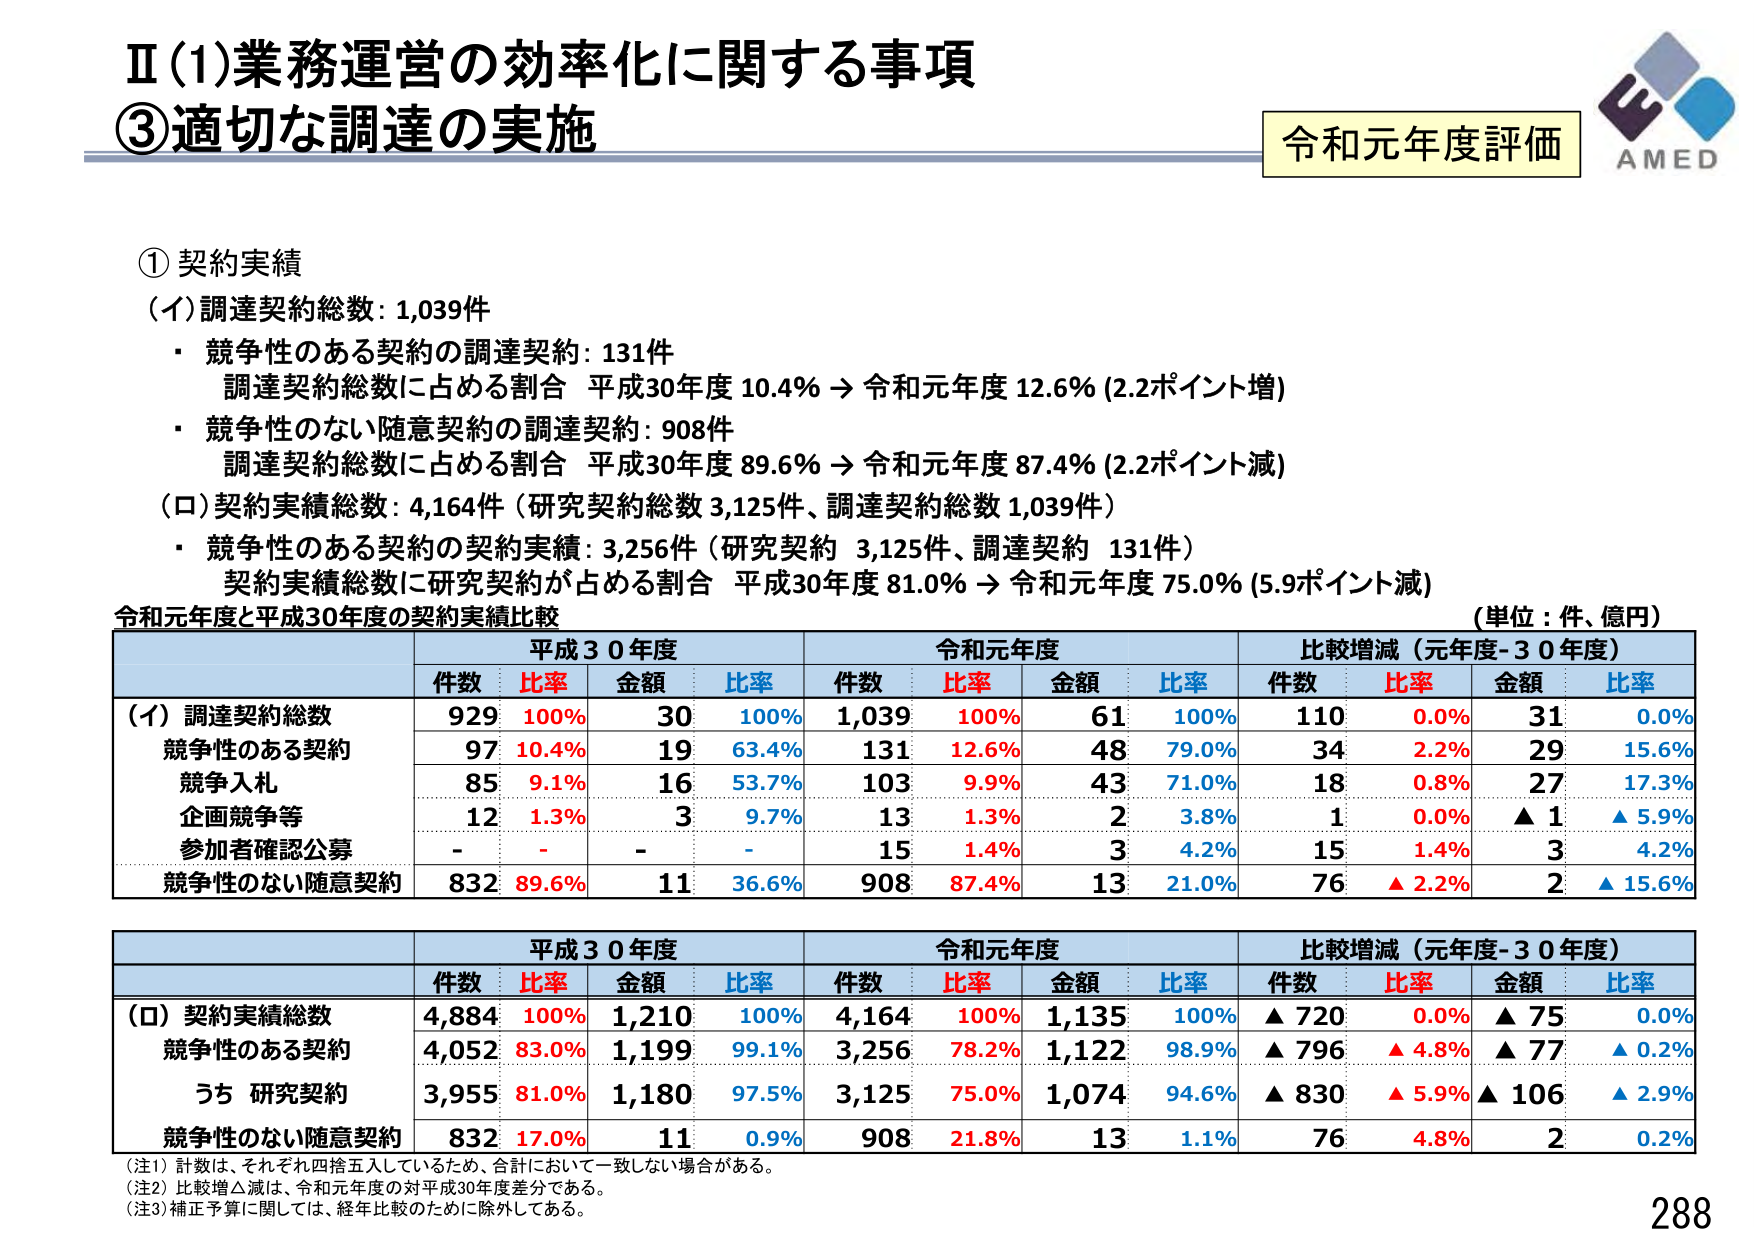
Ⅱ(1)業務運営の効率化に関する事項
③適切な調達の実施

令和元年度評価
AMED

①契約実績
（イ）調達契約総数：1,039件
・競争性のある契約の調達契約：131件
　調達契約総数に占める割合 平成30年度 10.4% → 令和元年度 12.6% (2.2ポイント増)
・競争性のない随意契約の調達契約：908件
　調達契約総数に占める割合 平成30年度 89.6% → 令和元年度 87.4% (2.2ポイント減)
（ロ）契約実績総数：4,164件（研究契約総数 3,125件、調達契約総数 1,039件）
・競争性のある契約の契約実績：3,256件（研究契約 3,125件、調達契約 131件）
　契約実績総数に研究契約が占める割合 平成30年度 81.0% → 令和元年度 75.0% (5.9ポイント減)

令和元年度と平成30年度の契約実績比較
（単位：件、億円）

| | 平成30年度 | | 令和元年度 | | 比較増減（元年度-30年度） | |
|---|---|---|---|---|---|---|---|
| | 件数 | 比率 | 金額 | 比率 | 件数 | 比率 | 金額 | 比率 | 件数 | 比率 | 金額 | 比率 |
| （イ）調達契約総数 | 929 | 100% | 30 | 100% | 1,039 | 100% | 61 | 100% | 110 | 0.0% | 31 | 0.0% |
| 競争性のある契約 | 97 | 10.4% | 19 | 63.4% | 131 | 12.6% | 48 | 79.0% | 34 | 2.2% | 29 | 15.6% |
| 競争入札 | 85 | 9.1% | 16 | 53.7% | 103 | 9.9% | 43 | 71.0% | 18 | 0.8% | 27 | 17.3% |
| 企画競争等 | 12 | 1.3% | 3 | 9.7% | 13 | 1.3% | 2 | 3.8% | 1 | 0.0% | ▲1 | ▲5.9% |
| 参加者確認公募 | - | - | - | - | 15 | 1.4% | 3 | 4.2% | 15 | 1.4% | 3 | 4.2% |
| 競争性のない随意契約 | 832 | 89.6% | 11 | 36.6% | 908 | 87.4% | 13 | 21.0% | 76 | ▲2.2% | 2 | ▲15.6% |

| | 平成30年度 | | 令和元年度 | | 比較増減（元年度-30年度） | |
|---|---|---|---|---|---|---|---|
| | 件数 | 比率 | 金額 | 比率 | 件数 | 比率 | 金額 | 比率 | 件数 | 比率 | 金額 | 比率 |
| （ロ）契約実績総数 | 4,884 | 100% | 1,210 | 100% | 4,164 | 100% | 1,135 | 100% | ▲720 | 0.0% | ▲75 | 0.0% |
| 競争性のある契約 | 4,052 | 83.0% | 1,199 | 99.1% | 3,256 | 78.2% | 1,122 | 98.9% | ▲796 | ▲4.8% | ▲77 | ▲0.2% |
| うち 研究契約 | 3,955 | 81.0% | 1,180 | 97.5% | 3,125 | 75.0% | 1,074 | 94.6% | ▲830 | ▲5.9% | ▲106 | ▲2.9% |
| 競争性のない随意契約 | 832 | 17.0% | 11 | 0.9% | 908 | 21.8% | 13 | 1.1% | 76 | 4.8% | 2 | 0.2% |

（注1）計数は、それぞれ四捨五入しているため、合計において一致しない場合がある。
（注2）比較増△減は、令和元年度の対平成30年度差分である。
（注3）補正予算に関しては、経年比較のために除外してある。

288